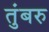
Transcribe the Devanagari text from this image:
तुंबरु